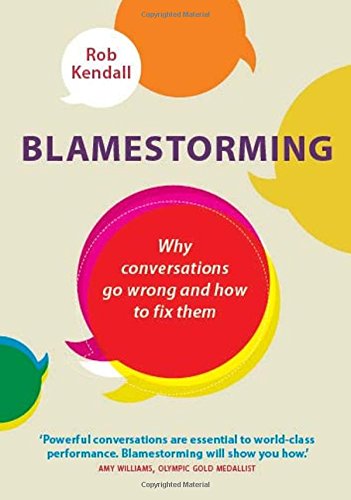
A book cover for Blamestorming: Why conversations go wrong and how to fix them; Rob Kendall; Self-Help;